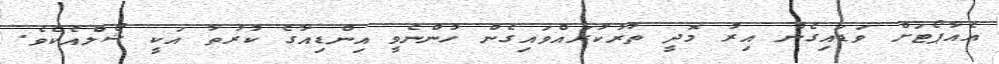
އެއާޕޯޓަށް ވަޑައިގެން އިރު މޮދީ ތުރުކުރައްވައިގެން ހުންނެވީ އިންޑިއާގެ ކުރުތާ އަކީ ޝޯލްއެކެވެ.